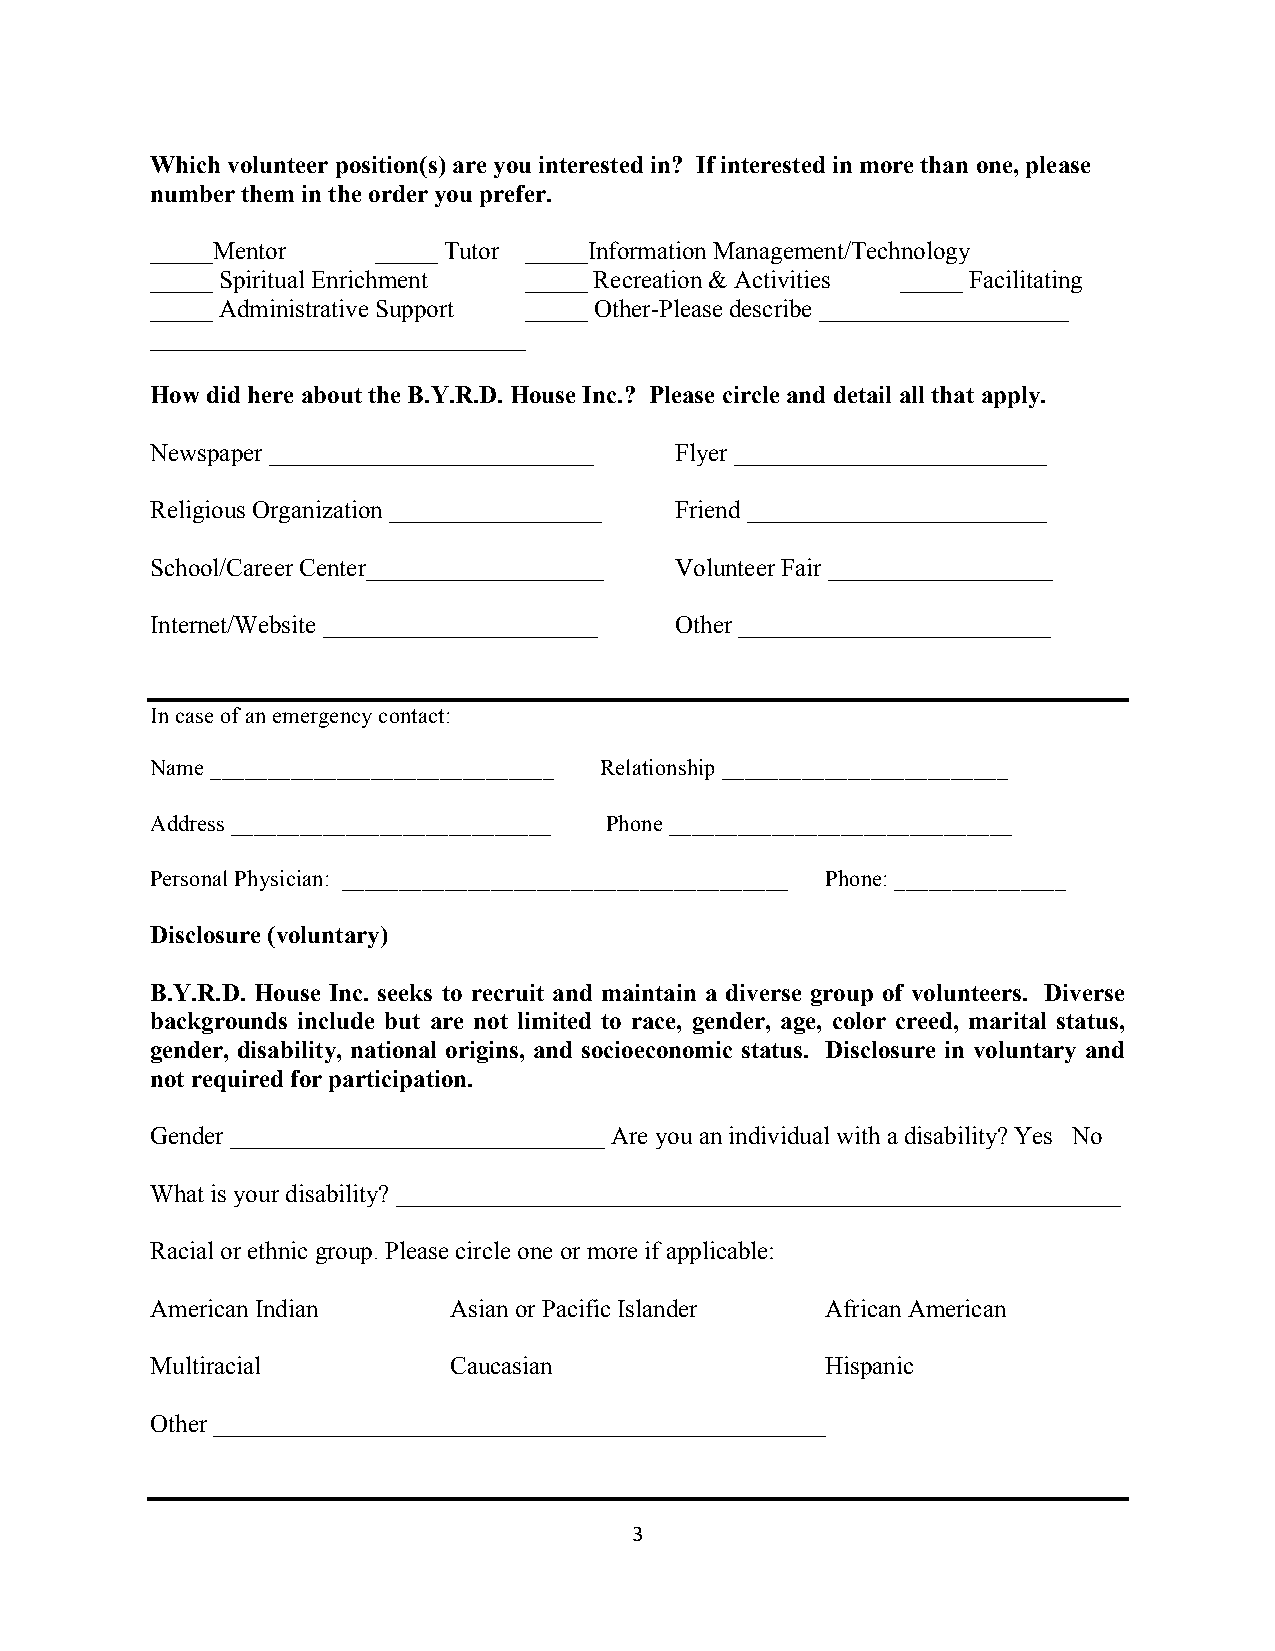
Which volunteer position(s) are you interested in? If interested in more than one, please
 number them in the order you prefer.
 _____Mentor    _____ Tutor _____Information Management/Technology
 _____ Spiritual Enrichment _____ Recreation & Activities _____ Facilitating
 _____ Administrative Support _____ Other-Please describe ____________________
 ______________________________
 How did here about the B.Y.R.D. House Inc.? Please circle and detail all that apply.
 Newspaper __________________________ Flyer _________________________
 Religious Organization _________________ Friend ________________________
 School/Career Center___________________ Volunteer Fair __________________
 Internet/Website ______________________ Other _________________________
 In case of an emergency contact:
 Name ______________________________ Relationship _________________________
 Address ____________________________ Phone ______________________________
 Personal Physician: _______________________________________ Phone: _______________
 Disclosure (voluntary)
 B.Y.R.D. House Inc. seeks to recruit and maintain a diverse group of volunteers. Diverse
 backgrounds include but are not limited to race, gender, age, color creed, marital status,
 gender, disability, national origins, and socioeconomic status. Disclosure in voluntary and
 not required for participation.
 Gender ______________________________ Are you an individual with a disability? Yes No
 What is your disability? __________________________________________________________
 Racial or ethnic group. Please circle one or more if applicable:
 American Indian     Asian or Pacific Islander African American
 Multiracial         Caucasian                Hispanic
 Other _________________________________________________
 3"
 "